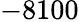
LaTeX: -8100